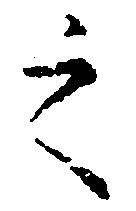
之